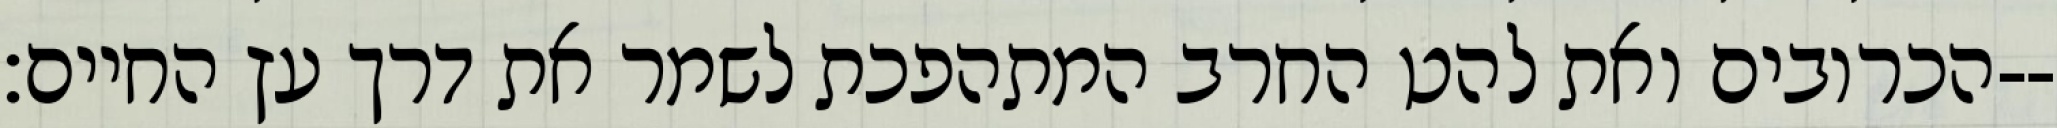
הכרובים ואת להט החרב המתהפכת לשמר את דרך עץ החיים׃--